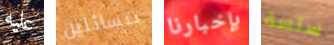
عليه تتسائلين بإخبارنا سلسة